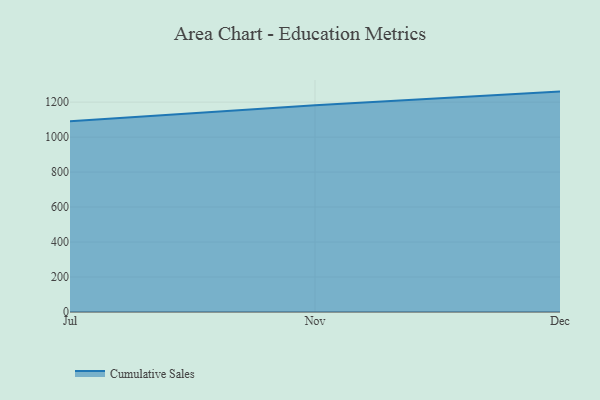
{"axis": {"x": "Month", "y": "Website Visitors"}, "legend": ["Cumulative Sales"], "data": [{"x": "Jul", "y": 1090.8, "type": "Cumulative Sales"}, {"x": "Nov", "y": 1182.8, "type": "Cumulative Sales"}, {"x": "Dec", "y": 1260.3, "type": "Cumulative Sales"}]}